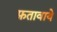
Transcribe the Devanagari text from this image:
फ़तावाये